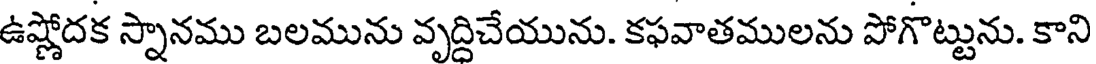
ఉష్ణోదక స్నానము బలమును వృద్దిచేయును. కఫవాతములను పోగొట్టును. కాని